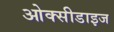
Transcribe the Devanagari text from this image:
ओक्सीडाइज